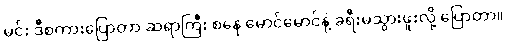
မင်း ဒီစကားပြောတာ ဆရာကြီး စနေ မောင်မောင်နဲ့ ခရီးမသွားဖူးလို့ ပြောတာ။